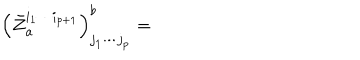
LaTeX: \left( \bar { Z } _ { a } ^ { i _ { 1 } \cdots i _ { p + 1 } } \right) _ { j _ { 1 } \cdots j _ { p } } ^ { b } =